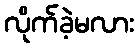
လိုက်ခဲ့မလား